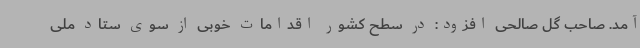
آمد. صاحب گل صالحی افزود: در سطح کشور اقدامات خوبی از سوی ستاد ملی